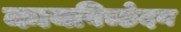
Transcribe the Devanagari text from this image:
कायविच्छेदन